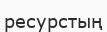
ресурстың